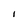
Character: I